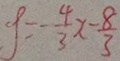
\rho = - \frac { 4 } { 3 } x - \frac { 8 } { 3 }